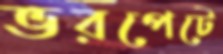
ভরপেটে